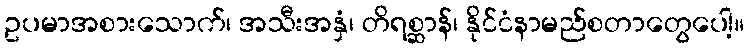
ဥပမာအစားသောက်၊ အသီးအနှံ၊ တိရစ္ဆာန်၊ နိုင်ငံနာမည်စတာတွေပေါ့။